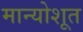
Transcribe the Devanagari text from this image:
मान्योशूत